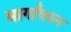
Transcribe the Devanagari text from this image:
मार्गांवरुन